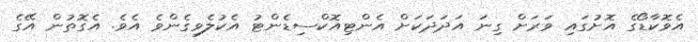
އެވޮކާޑޯގެ އޮށުގައި ވަރަށް ގިނަ އަދަދަކަށް އެންޓިއޮކްސިޑެންޓު އެކުލެވިގެންވެ އެވެ. އެގޮތުން އޭގެ